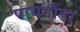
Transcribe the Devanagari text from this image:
पायगौंडा